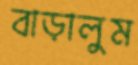
বাড়ালুম